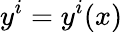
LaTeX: y^{i}=y^{i}(x)